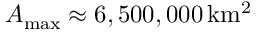
\ensuremath { A _ { \mathrm { m a x } } } \approx 6 , 5 0 0 , 0 0 0 \, \ensuremath { \mathrm { k m ^ { 2 } } }